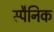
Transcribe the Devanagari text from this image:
स्पैनिक